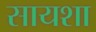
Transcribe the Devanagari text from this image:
सायशा